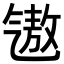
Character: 𪵧